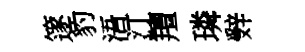
篴豹浯汀羶璘辤